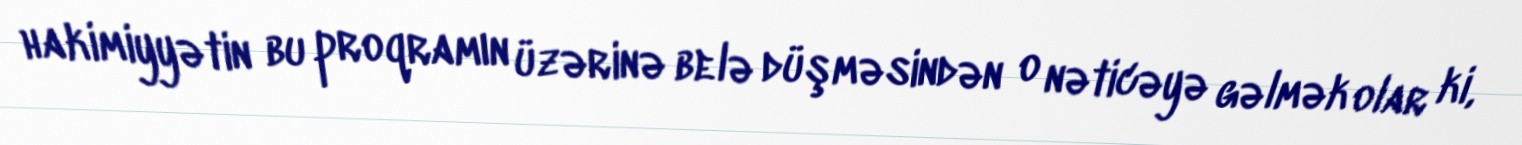
hakimiyyətin bu proqramın üzərinə belə düşməsindən o nəticəyə gəlmək olar ki,